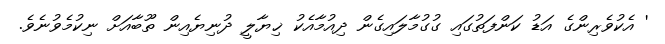
' އެކުވެރިންގެ އަޑު ކަންފަތުގައި ގުގުމާލައިގެން ދިއުމާއެކު ޚިޔާލީ ދުނިޔެއިން ތޫބާއަށް ނިކުމެވުނެވެ.